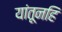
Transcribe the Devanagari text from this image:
यांतूनहि